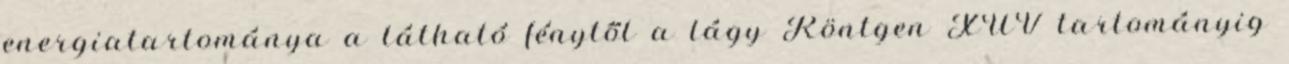
energiatartománya a látható fénytől a lágy Röntgen XUV tartományig